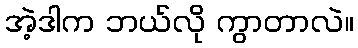
အဲ့ဒါက ဘယ်လို ကွာတာလဲ။